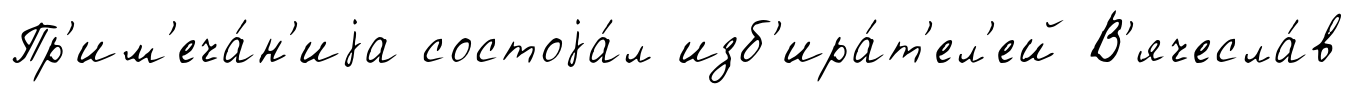
Пр'им'еча́н'иjа состоjа́л изб'ира́т'ел'ей В'ячесла́в